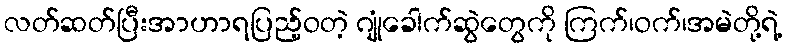
လတ်ဆတ်ပြီးအာဟာရပြည့်ဝတဲ့ ဂျုံခေါက်ဆွဲတွေကို ကြက်၊ဝက်၊အမဲတို့ရဲ့